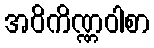
အဝိကိဏ္ဏဝါစာ